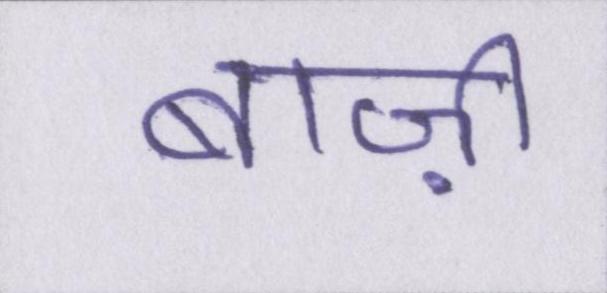
बाज़ी